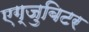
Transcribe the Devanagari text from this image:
एग्जुबिटर